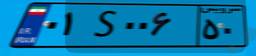
۰۱S۰۰۶۵۰